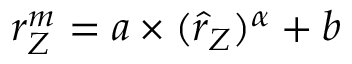
r _ { Z } ^ { m } = a \times ( \hat { r } _ { Z } ) ^ { \alpha } + b